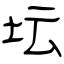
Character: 坛